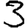
Digit: 3